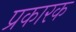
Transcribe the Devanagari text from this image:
प्रकारक